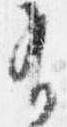
有